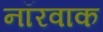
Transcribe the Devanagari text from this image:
नॉरवाक